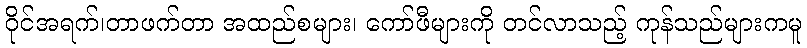
ဝိုင်အရက်၊တာဖက်တာ အထည်စများ၊ ကော်ဖီများကို တင်လာသည့် ကုန်သည်များကမူ